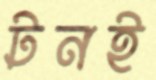
টনই